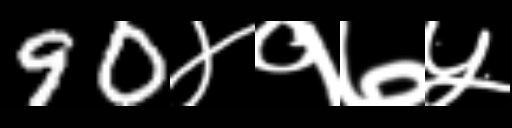
Text: 90४१७५